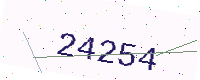
Text: 24254